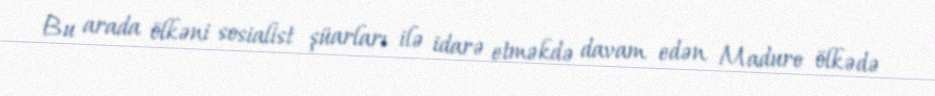
Bu arada ölkəni sosialist şüarları ilə idarə etməkdə davam edən Maduro ölkədə